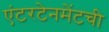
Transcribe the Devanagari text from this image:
एंटरटेनमेंटची